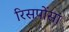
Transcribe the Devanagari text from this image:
रिसपोंसा